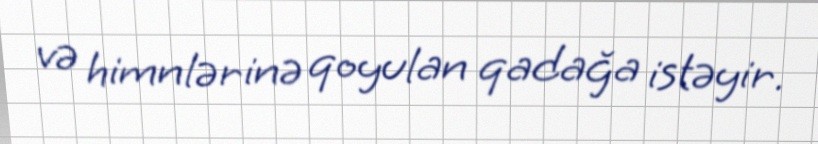
və himnlərinə qoyulan qadağa istəyir.